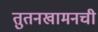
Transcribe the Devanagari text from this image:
तुतनखामनची